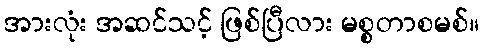
အားလုံး အဆင်သင့် ဖြစ်ပြီလား မစ္စတာစမစ်။